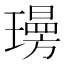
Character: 𭺄